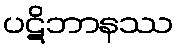
ပဋိဘာနဿ